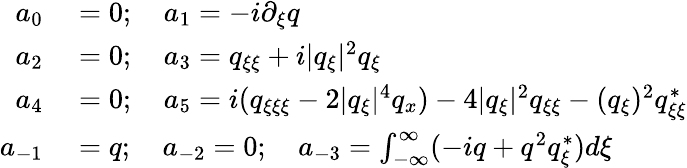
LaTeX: \begin{array}{rl}{a_{0}}&{{}=0;\quad a_{1}=-i\partial_{\xi}q}\\ {a_{2}}&{{}=0;\quad a_{3}=q_{\xi\xi}+i|q_{\xi}|^{2}q_{\xi}}\\ {a_{4}}&{{}=0;\quad a_{5}=i(q_{\xi\xi\xi}-2|q_{\xi}|^{4}q_{x})-4|q_{\xi}|^{2}q_{\xi\xi}-(q_{\xi})^{2}q_{\xi\xi}^{*}}\\ {a_{-1}}&{{}=q;\quad a_{-2}=0;\quad a_{-3}=\int_{-\infty}^{\infty}(-iq+q^{2}q_{\xi}^{*})d\xi}\end{array}